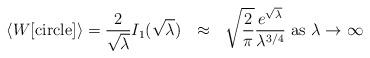
LaTeX: \begin{align*}\langle W[{\rm circle}] \rangle= \frac{2}{\sqrt{\lambda}}I_1(\sqrt{\lambda})~~\approx~~\sqrt{\frac{2}{\pi}}\frac{e^{\sqrt{\lambda}}}{\lambda^{3/4} } ~{\rm as}~\lambda\to\infty\end{align*}